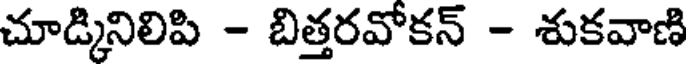
చూడ్కినిలిపి - బిత్తరవోకన్ - శుకవాణి